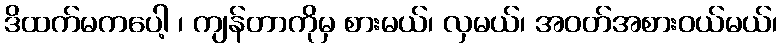
ဒိထက်မကပေါ့ ၊ ကျန်တာကိုမှ စားမယ်၊ လှမယ်၊ အဝတ်အစားဝယ်မယ်၊